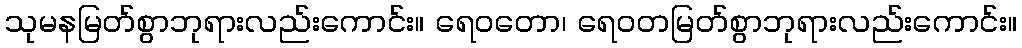
သုမနမြတ်စွာဘုရားလည်းကောင်း။ ရေဝတော၊ ရေဝတမြတ်စွာဘုရားလည်းကောင်း။